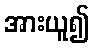
အားယူ၍